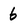
Character: 6